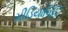
મીડિયાવિકિ